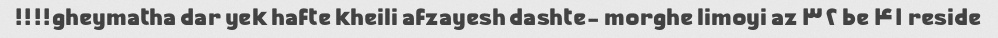
gheymatha dar yek hafte kheili afzayesh dashte- morghe limoyi az ۳۲ be ۴۱ reside!!!!